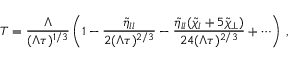
T = \frac { \Lambda } { ( \Lambda \tau ) ^ { 1 / 3 } } \left( 1 - \frac { \tilde { \eta } _ { l l } } { 2 ( \Lambda \tau ) ^ { 2 / 3 } } - \frac { \tilde { \eta } _ { l l } ( \tilde { \chi } _ { l } + 5 \tilde { \chi } _ { \perp } ) } { 2 4 ( \Lambda \tau ) ^ { 2 / 3 } } + \cdots \right) \, ,